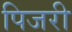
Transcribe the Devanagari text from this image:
पिजरी